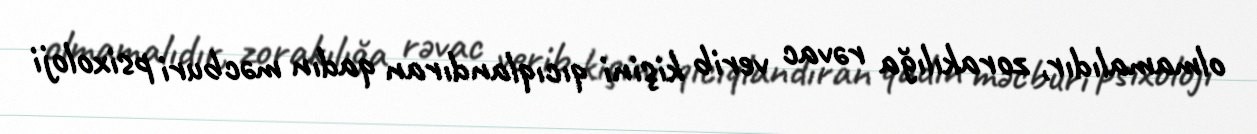
olmamalıdır, zorakılığa rəvac verib kişini qıcıqlandıran qadın məcburi psixoloji